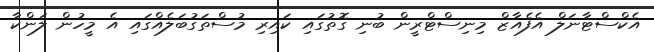
އެކްސްޓާނަލް އެފެއާޒް މިނިސްޓްރީން ބުނި ގޮތުގައި ކައިރި މުސްތަގުބަލެއްގައި އެ މީހުން ލަންކާ